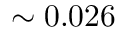
{ \sim 0 . 0 2 6 \, }